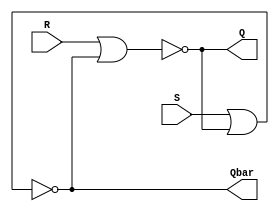
`timescale 1ns / 1ps
//////////////////////////////////////////////////////////////////////////////////
// Company: 
// Engineer: 
// 
// Design Name: 
// Module Name: exam02_sequential_logic
// Project Name: 
// Target Devices: 
// Tool Versions: 
// Description: 
// 
// Dependencies: 
// 
// Revision:
// Revision 0.01 - File Created
// Additional Comments:
// 
//////////////////////////////////////////////////////////////////////////////////

module SR_latch(
    input R, S,
    output Q, Qbar
    );
    
    nor(Q, R, Qbar);  ////     . ----> primitive gate    .
    nor(Qbar, S, Q);  ////    . ??     .
    
endmodule

module Gated_SR_latch( //// SR  ,  FF .
                        //// edge trigering FF, level trigering LATCH
    input R, S, en,
    output Q, Qbar
    );
    
    wire and1_out, and2_out;
   
    and(and1_out, R, en);
    and(and2_out, S, en);
    nor(Q, and1_out, Qbar);
    nor(Qbar, and2_out, Q);
    
endmodule

module Gated_D_latch( //// 
    input D, en,
    output Q, Qbar
    );
    
    wire and1_out, and2_out, Dbar;
    
    not(Dbar, D);
    and(and1_out, Dbar, en);
    and(and2_out, D, en);
    nor(Q, and1_out, Qbar);
    nor(Qbar, and2_out, Q);
    
endmodule


///////////////////////////////////////////////////////////////////////////////////////////////////////////////
////////////////////////////////////////////////LATCH  ////////////////////////////////////////////////
///////////////////////////////////////////////////////////////////////////////////////////////////////////////



module D_flip_flop_n(
    input d,
    input clk,rst,
    output reg q
);
    always @(negedge clk, posedge rst) begin /// edge trigering
        if(rst) q = 0; ///// FF     .
        else q = d; 
    end
    
//    always @(clk) begin /// high level  level-trigering ----> LATCH
//        if(clk) q = d;  /// FPGA  LATCH     .
//        else q = q;     ///      pdt (  .)
//    end                 ///      LATCH pdt   
                          /// FF edge     .
endmodule

//  always @(clk) begin
//      in(clk) q = d;
//  end  //// vivado    LATCH  
//       //// clk    , if (clk)  clk 0 q  ---> LATCH
         ////   always   . LATCH .
         ////   , if   else, case    default    .
         ////    . 
         
module D_flip_flop_p(
    input d,
    input clk, rst,
    output reg q
);
    always @(posedge clk, posedge rst) begin /// edge trigering
        if(rst) q = 0;
        else q = d; 
    end
endmodule

module t_flip_flop_n( /////    . FPGA  DFF .(LUT  DFF   )
    input clk,        /////  DFF  FF  .
    input rst, /// active high - rst, active low --- rstn
    output reg q
//    output reg q = 0 //---->  ,   .
);
//    wire d;
//    assign d = ~q;
    
//    always@(posedge clk) begin
//        q = d;

//    reg temp = 0; /// reg    .
//                 /// wire  . 0   .
    always@(negedge clk, posedge rst) begin //// 
        if(rst) q = 0;
        else q = ~q; //// d = ~q    
    end
endmodule

module t_flip_flop_p(
    input clk, rst,
    input t, /// t = cp_in  .
    output reg q
);

    always@(posedge clk, posedge rst) begin
        if(rst) q=0;
        else if (t) q = ~q;
              else q = q;  ////  FF()   .    .
                            ////    .   LATCH .
    end
endmodule


module up_counter_async(
    input clk, rst,
    output [3:0] count
);
    t_flip_flop_n T0(.clk(clk), .rst(rst), .q(count[0]));
    t_flip_flop_n T1(.clk(count[0]), .rst(rst), .q(count[1]));
    t_flip_flop_n T2(.clk(count[1]), .rst(rst), .q(count[2]));
    t_flip_flop_n T3(.clk(count[2]), .rst(rst), .q(count[3]));

endmodule


module down_counter_async(
    input clk, rst,
    output [3:0] count
);
    t_flip_flop_p T0(.clk(clk), .rst(rst), .q(count[0])); ////  bit 0->1   ,  bit  ===> posedge ,  
    t_flip_flop_p T1(.clk(count[0]), .rst(rst), .q(count[1]));
    t_flip_flop_p T2(.clk(count[1]), .rst(rst), .q(count[2]));
    t_flip_flop_p T3(.clk(count[2]), .rst(rst), .q(count[3]));

endmodule


module up_counter_sync( ////  
    input clk, rst,
    output reg [3:0] count
);
    always @(posedge clk, posedge rst) begin ////     .
        if(rst) count = 0; ////   ,   z 
        else count = count + 1;
    end       

endmodule

module down_counter_sync( ////  
    input clk, rst,
    output reg [3:0] count
);
    always @(posedge clk, posedge rst) begin ////     .
        if(rst) count = 0; ////   ,   z 
        else count = count - 1;
    end       

endmodule

module up_down_counter_sync(
    input clk, rst,
    input up_down,   ///// up_down = 1, up_counter
    output reg [3:0] count
);
    always @ (posedge clk, posedge rst) begin
        if(rst) count = 0; ////     .
        else if (up_down) count = count + 1;
        else count = count - 1;
    end
endmodule


module up_counter_sync_BCD( ////  10 (0~9)
    input clk, rst,
    output reg [3:0] count
);
    always @(posedge clk, posedge rst) begin
        if(rst) count = 0; 
        else begin
            if(count >= 9) count = 0; //// =   >=   :  9    (  )
            else count = count + 1;
        end
    end       
endmodule


module up_down_counter_sync_BCD( ////  10 (0~9)
    input clk, rst, up_down,
    output reg [3:0] count
);
    always @(posedge clk, posedge rst) begin
        if(rst) count = 0; 
        else begin
            if(up_down) begin
                if(count >= 9) count = 0; //// 0~9 9   0 
                else count = count + 1;
            end
            else begin
                if(count == 0) count = 9; //// 0~9 0  9 
                else count = count - 1;
            end
        end
    end       
endmodule


//=============================================================================================================//
////////////////////////////////////////////////counter /////////////////////////////////////////////////////
//=============================================================================================================//


module ring_count_fnd(  ////   
    input clk,
    output [3:0] com
);
    reg [3:0] temp; ////    temp 
    
    always @ (posedge clk) begin /// FND common anode type
        if(temp != 4'b1110 && temp != 4'b1101 && temp != 4'b1011 && temp != 4'b0111) temp = 4'b1110; // 
                                 /// rst , count = 0 ,  com 0000  ?
                                 ///  common cathod type  rst  com = 4'b1111     ?
                                 ///  1110 
                                 /// 0   FND 4'b1110
        else if (temp == 4'b0111) temp = 4'b1110; //// 0111  1110 
              else temp = {temp[2:0], 1'b1}; ///   
    end //// 1110 1101 1011 0111    
    
//    always @ (posedge clk) begin /// FND common cathode type .
//        if(rst) com = 4b'1111;
//        else if (com != 4'b0001 && com != 4'b0010 && com != 4'b0100 && com != 4'b1000) com = 4'b0001;
//            else if (com == 4'b1000) com = 4'b0001;
//                  else com = {com[2:0], 1'b0};
//    end
    
    assign com = temp; //// temp  com  .
endmodule


module up_down_counter_Nbit #(parameter N = 4)( //// Nbit   
    input clk, rst, up_down,
    output reg [N-1:0] count
);

    always @(posedge clk, posedge rst) begin
        if(rst) count = 0; 
        else begin
            if(up_down)
                count = count + 1;
            else 
                count = count - 1;
        end
    end       
endmodule


module edge_detector_n( /// falling edge detector ./// 2bit  (SI-PO)
    input clk, cp_in, rst, /// cp : clock pulse
    output p_edge, n_edge ///     .
);
    reg cp_in_old, cp_in_cur;
    
    always @ (negedge clk, posedge rst) begin
        if(rst) begin
             cp_in_old = 0;
             cp_in_cur = 0;
        end
        else begin
            cp_in_old <= cp_in_cur; /// <= :  (=  ) non-blocking       non-blocking
            cp_in_cur <= cp_in;     ///  non-blocking    .
                                    /// (level triggering)  blocking
                                    ///       .
        end
    end
    
    assign p_edge = ~cp_in_old & cp_in_cur; //// cp_old  0 
    assign n_edge = cp_in_old & ~cp_in_cur; //// cp_cur  0  

endmodule

//=============================================================================================================//
////////////////////////////////////////////////   Register   ///////////////////////////////////////////////////
//=============================================================================================================//


//module shift_register_SISO_s( /// SISO register  
//    input clk, rst, d,
//    output q
//);
////    wire w1, w2, w3;  //  wire  .
//    wire [2:0] w;
//    D_flip_flop_n SS1(.d(d), .clk(clk), .rst(rst), .q(w[2]));
//    D_flip_flop_n SS2(.d(w[2]), .clk(clk), .rst(rst), .q(w[1]));
//    D_flip_flop_n SS3(.d(w[1]), .clk(clk), .rst(rst), .q(w[0]));
//    D_flip_flop_n SS4(.d(w[0]), .clk(clk), .rst(rst), .q(q));

//endmodule ///     .

module shift_register_SISO_b_n( /// SISO register  
    input clk, rst, d,
    output reg q
);    
    reg [3:0] siso;    
//    always@(negedge clk, posedge rst) begin ///    ~
////        if(rst) siso = 0;
////        else begin
////            siso[3] = d;                        /// blocking  
////            siso[2] = siso[3];                  /// 4bit  1 .
////            siso[1] = siso[2];
////            siso[0] = siso[1];
////            q = siso[0];
////        end
////    end    
     always@(negedge clk, posedge rst) begin 
        if(rst) siso = 0;
        else begin
            siso[3] <= d;
            siso[2] <= siso[3];
            siso[1] <= siso[2];
            siso[0] <= siso[1];
            q = siso[0];
        end
    end    
endmodule


module shift_register_PISO( ///   -  
    input clk, rst, w_piso, ///  w(write),  r(read) .
    input [3:0] d,
    output q
);
    reg [3:0] data;
    
    always @ (posedge clk, posedge rst) begin
        if(rst) data = 0;
        else if(w_piso) data = {1'b0, data[3:1]}; ////      bit .
             else data = d;
    end
    
    assign q = data[0];

endmodule


module shift_register_SIPO_s( ///  -  
    input clk, rst, d, r_en,
    output [3:0] q
);
    wire [3:0] shift_register;
    D_flip_flop_n SP1(.d(d), .clk(clk), .rst(rst), .q(shift_register[3]));
    D_flip_flop_n SP2(.d(shift_register[3]), .clk(clk), .rst(rst), .q(shift_register[2]));
    D_flip_flop_n SP3(.d(shift_register[2]), .clk(clk), .rst(rst), .q(shift_register[1]));
    D_flip_flop_n SP4(.d(shift_register[1]), .clk(clk), .rst(rst), .q(shift_register[0]));
    
    bufif0 (q[0], shift_register[0], ~r_en); /// bufif : 3-state buffer
    bufif0 (q[1], shift_register[1], ~r_en); /// r_en = 0, q[] = shift_register[]
    bufif0 (q[2], shift_register[2], ~r_en); /// bufif0 (, , )
    bufif0 (q[3], shift_register[3], ~r_en);

endmodule


module shift_register_SIPO_h(
    input d, clk, rst, r_en,
    output [3:0] q
);
    reg [3:0] register;
    always@(negedge clk or posedge rst) begin
        if(rst) register <= 0;
        else register <= {d,register[3:1]}; ////      
    end
    assign q = (r_en) ? register : 4'bzzzz; //// r_en = 1, register ,  z
endmodule




module shift_register_PIPO #(parameter N=8)(////  -  reg --->    .
     input [N-1:0] d,
     input clk, rst, w_en, r_en,
     output q
);
    reg [N-1:0] register;
    always@(posedge clk, posedge rst) begin
        if(rst) register = 0;
        else if(w_en) register = d; /// 4bit 4bit (PI)
            else register = register; 
    end
    
    assign q = r_en ? register : 'bz;
     /// 4bit 4bit .(PO)
     /// 'bz :  bit  z   .

endmodule




module shift_register( ///   
    input clk, rst, shift, load, sin, /// sin : serial input
    input [7:0] data_in, /// data_in : parallel input
    output reg [7:0] data_out
);
    
    always@(posedge clk, posedge rst) begin
        if(rst) data_out = 0;
        else if(shift) data_out = {sin, data_out[7:1]}; ///   
             else if(load) data_out = data_in; /// 
                  else data_out = data_out;
     end
endmodule


module sram_8bit_1024( /// 1kbyte static (reg    static memory .)
                       /// address(select bit) 10bit(2^10)
    input clk, w_en, r_en, ///    rst .
    input [9:0] addr,
    inout [7:0] data/// inout :     
);

    reg [7:0] mem [0:1023]; //// 0~1023 array
    always @(posedge clk)
        if(w_en) mem[addr] <= data; /// else  
                                    /// 0    mem[0],
                                    ///  [] bit ,  .

    assign data = r_en ? mem[addr] : 8'bz; /// w_en / r_en  0     1  .
    
endmodule